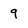
Character: 9